[Report on the health of British troops in the Madras command]
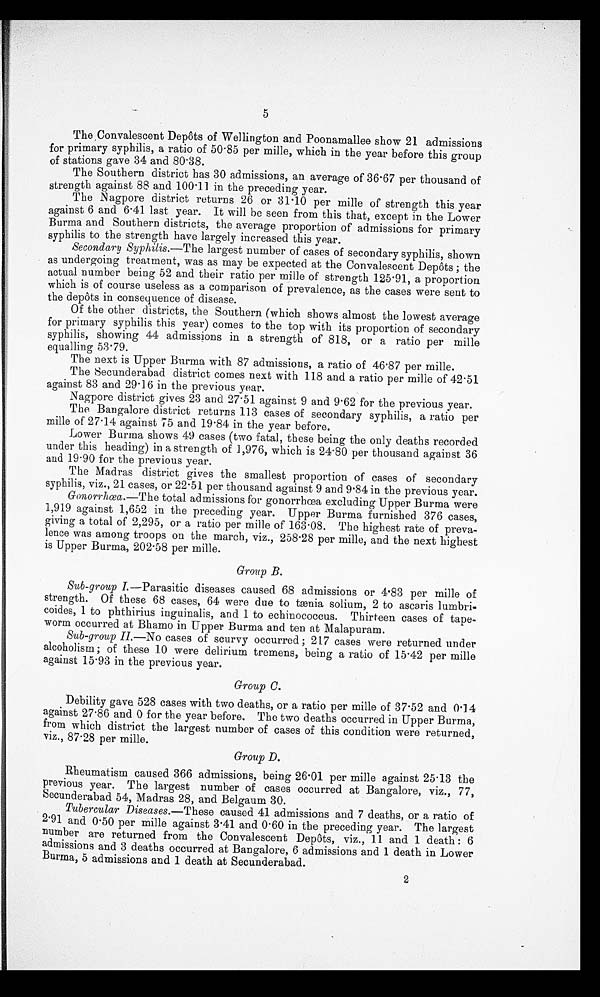
5
The Convalescent Depôts of Wellington and Poonamallee show 21 admissions
for primary syphilis, a ratio of 50.85 per mille, which in the year before this group
of stations gave 34 and 80.38.
The Southern district has 30 admissions, an average of 36.67 per thousand of
strength against 88 and 100.11 in the preceding year.
The Nagpore district returns 26 or 31.10 per mille of strength this year
against 6 and 6.41 last year. It will be seen from this that, except in the Lower
Burma and Southern districts, the average proportion of admissions for primary
syphilis to the strength have largely increased this year.
Secondary Syphilis.— The largest number of cases of secondary syphilis, shown
as undergoing treatment, was as may be expected at the Convalescent Depôts; the
actual number being 52 and their ratio per mile of strength 125.91, a proportion
which is of course useless as a comparison of prevalence, as the cases were sent to
the depôts in consequence of disease.
Of the other districts, the Southern (which shows almost the lowest average
for primary syphilis this year) comes to the top with its proportion of secondary
syphilis, showing 44 admissions in a strength of 818, or a ratio per mile
equalling 53.79.
The next is Upper Burma with 87 admissions, a ratio of 46.87 per mile.
The Secunderabad district comes next with 118 and a ratio per mile of 42.51
against 83 and 29.16 in the previous year.
Nagpore district gives 23 and 27.51 against 9 and 9.62 for the previous year.
The Bangalore district returns 113 cases of secondary syphilis, a ratio per
mile of 27.14 against 75 and 19.84 in the year before.
Lower Burma shows 49 cases (two fatal, these being the only deaths recorded
under this heading) in a strength of 1,976, which is 24.80 per thousand against 36
and 19.90 for the previous year.
The Madras district gives the smallest proportion of cases of secondary
syphilis, viz., 21 cases, or 22.51 per thousand against 9 and 9.84 in the previous year.
Gonorrhœa.— The total admissions for gonorrhœa excluding Upper Burma were
1,919 against 1,652 in the preceding year. Upper Burma furnished 376 cases,
giving a total of 2,295, or a ratio per mille of 163.08. The highest rate of preva
-lence was among troops on the march, viz., 258.28 per mille, and the next highest
is Upper Burma, 202.58 per mile.
Group B.
Sub-group I.— Parasitic diseases caused 68 admissions or 4.83 per mile of
strength. Of these 68 cases, 64 were due to tæn ia solium, 2 to ascaris lumbri
-coides, 1 to phthirius inguinalis, and 1 to echinococcus. Thirteen cases of tape
-worm occurred at Bhamo in Upper Burma and ten at Malapuram.
Sub-group II.— No cases of scurvy occurred; 217 cases were returned under
alcoholism; of these 10 were delirium tremens, being a ratio of 15.42 per mille
against 15.93 in the previous year.
Group C.
Debility gave 528 cases with two deaths, or a ratio per mille of 37.52 and 0.14
against 27.86 and 0 for the year before. The two deaths occurred in Upper Burma,
from which district the largest number of cases of this condition were returned,
viz., 87.28 per mille.
Group D.
Rheumatism caused 366 admissions, being 26.01 per mile against 25.13 the
previous year. The largest number of cases occurred at Bangalore, viz., 77,
Secunderabad 54, Madras 28, and Belgaum 30.
Tubercular Diseases.— These caused 41 admissions and 7 deaths, or a ratio of
2.91 and 0.50 per mile against 3.41 and 0.60 in the preceding year. The largest
number are returned from the Convalescent Depôts, viz., 11 and 1 death: 6
admissions and 3 deaths occurred at Bangalore, 6 admissions and 1 death in Lower
Burma, 5 admissions and 1 death at Secunderabad.
2